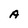
Character: A